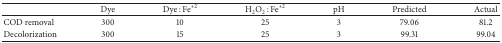
|  | Dye | Dye : Fe+2 | H2O2 : Fe+2 | pH | Predicted | Actual |
 | --- | --- | --- | --- | --- | --- | --- |
 | COD removal | 300 | 10 | 25 | 3 | 79.06 | 81.2 |
 | Decolorization | 300 | 15 | 25 | 3 | 99.31 | 99.04 |